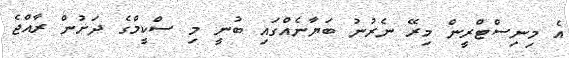
އެ މިނިސްޓްރީން މިރޭ ނެރުނު ބަޔާނެއްގައި ބުނީ މި ސްކީމްގެ ދަށުން ރާއްޖެ